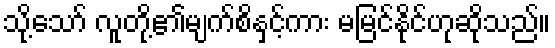
သို့သော် လူတို့၏မျက်စိနှင့်ကား မမြင်နိုင်ဟုဆိုသည်။